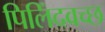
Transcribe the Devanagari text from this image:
पिलिंदवच्छ